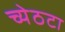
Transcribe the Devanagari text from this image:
च्येठटा